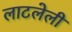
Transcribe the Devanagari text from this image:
लाटलेली